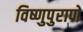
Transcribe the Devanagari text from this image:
विष्णुपुराणे